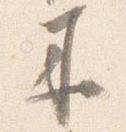
来